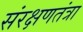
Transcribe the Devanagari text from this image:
संरक्षणतंत्रा